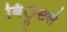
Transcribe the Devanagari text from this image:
बिं्रसले